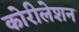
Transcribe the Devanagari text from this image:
कोरीलेशन